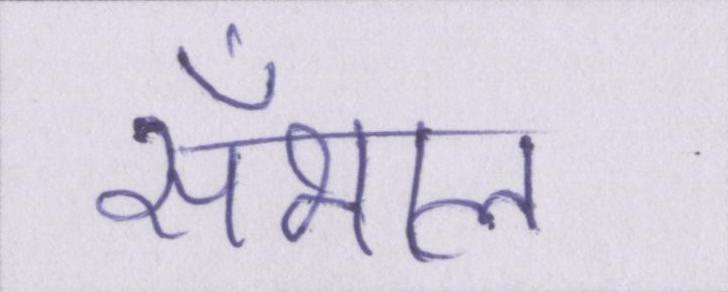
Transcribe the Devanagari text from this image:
सँभाल